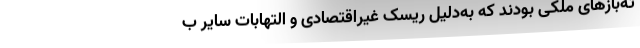
ته‌بازهای ملکی بودند که به‌دلیل ریسک غیراقتصادی و التهابات سایر ب